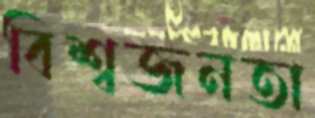
বিশ্বজনতা